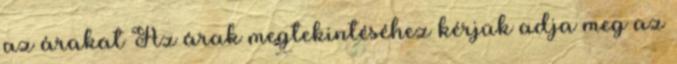
az árakat Az árak megtekintéséhez kérjük adja meg az